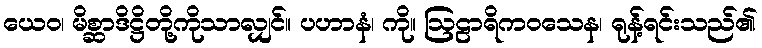
ယေဝ၊ မိစ္ဆာဒိဋ္ဌိတို့ကိုသာလျှင်။ ပဟာနံ၊ ကို။ ဩဠာရိကဝသေန၊ ရုန့်ရင်းသည်၏